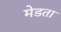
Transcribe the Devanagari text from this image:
मेडता